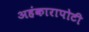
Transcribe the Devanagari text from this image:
अहंकारापोटी